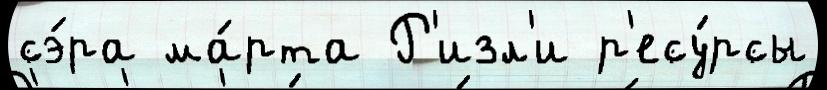
сэ́ра ма́рта Р'изл'и р'есу́рсы